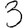
Digit: 3